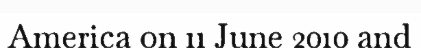
America on 11 June 2010 and